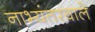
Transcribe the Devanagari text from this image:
नाभ्यंतरवाले